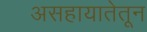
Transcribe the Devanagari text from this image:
असहायातेतून